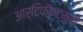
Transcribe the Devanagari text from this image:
आर्टिफॅक्टमुळे